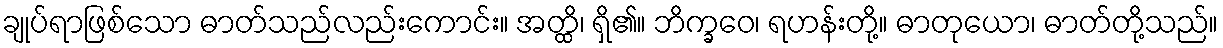
ချုပ်ရာဖြစ်သော ဓာတ်သည်လည်းကောင်း။ အတ္ထိ၊ ရှိ၏။ ဘိက္ခဝေ၊ ရဟန်းတို့။ ဓာတုယော၊ ဓာတ်တို့သည်။